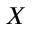
X